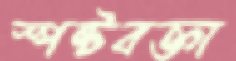
স্পষ্টবক্তা